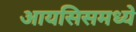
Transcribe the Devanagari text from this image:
आयसिसमध्ये